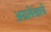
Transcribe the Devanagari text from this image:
अग्रलेखाचे